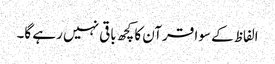
الفاظ کے سوا قرآن کا کچھ باقی نہیں رہے گا۔